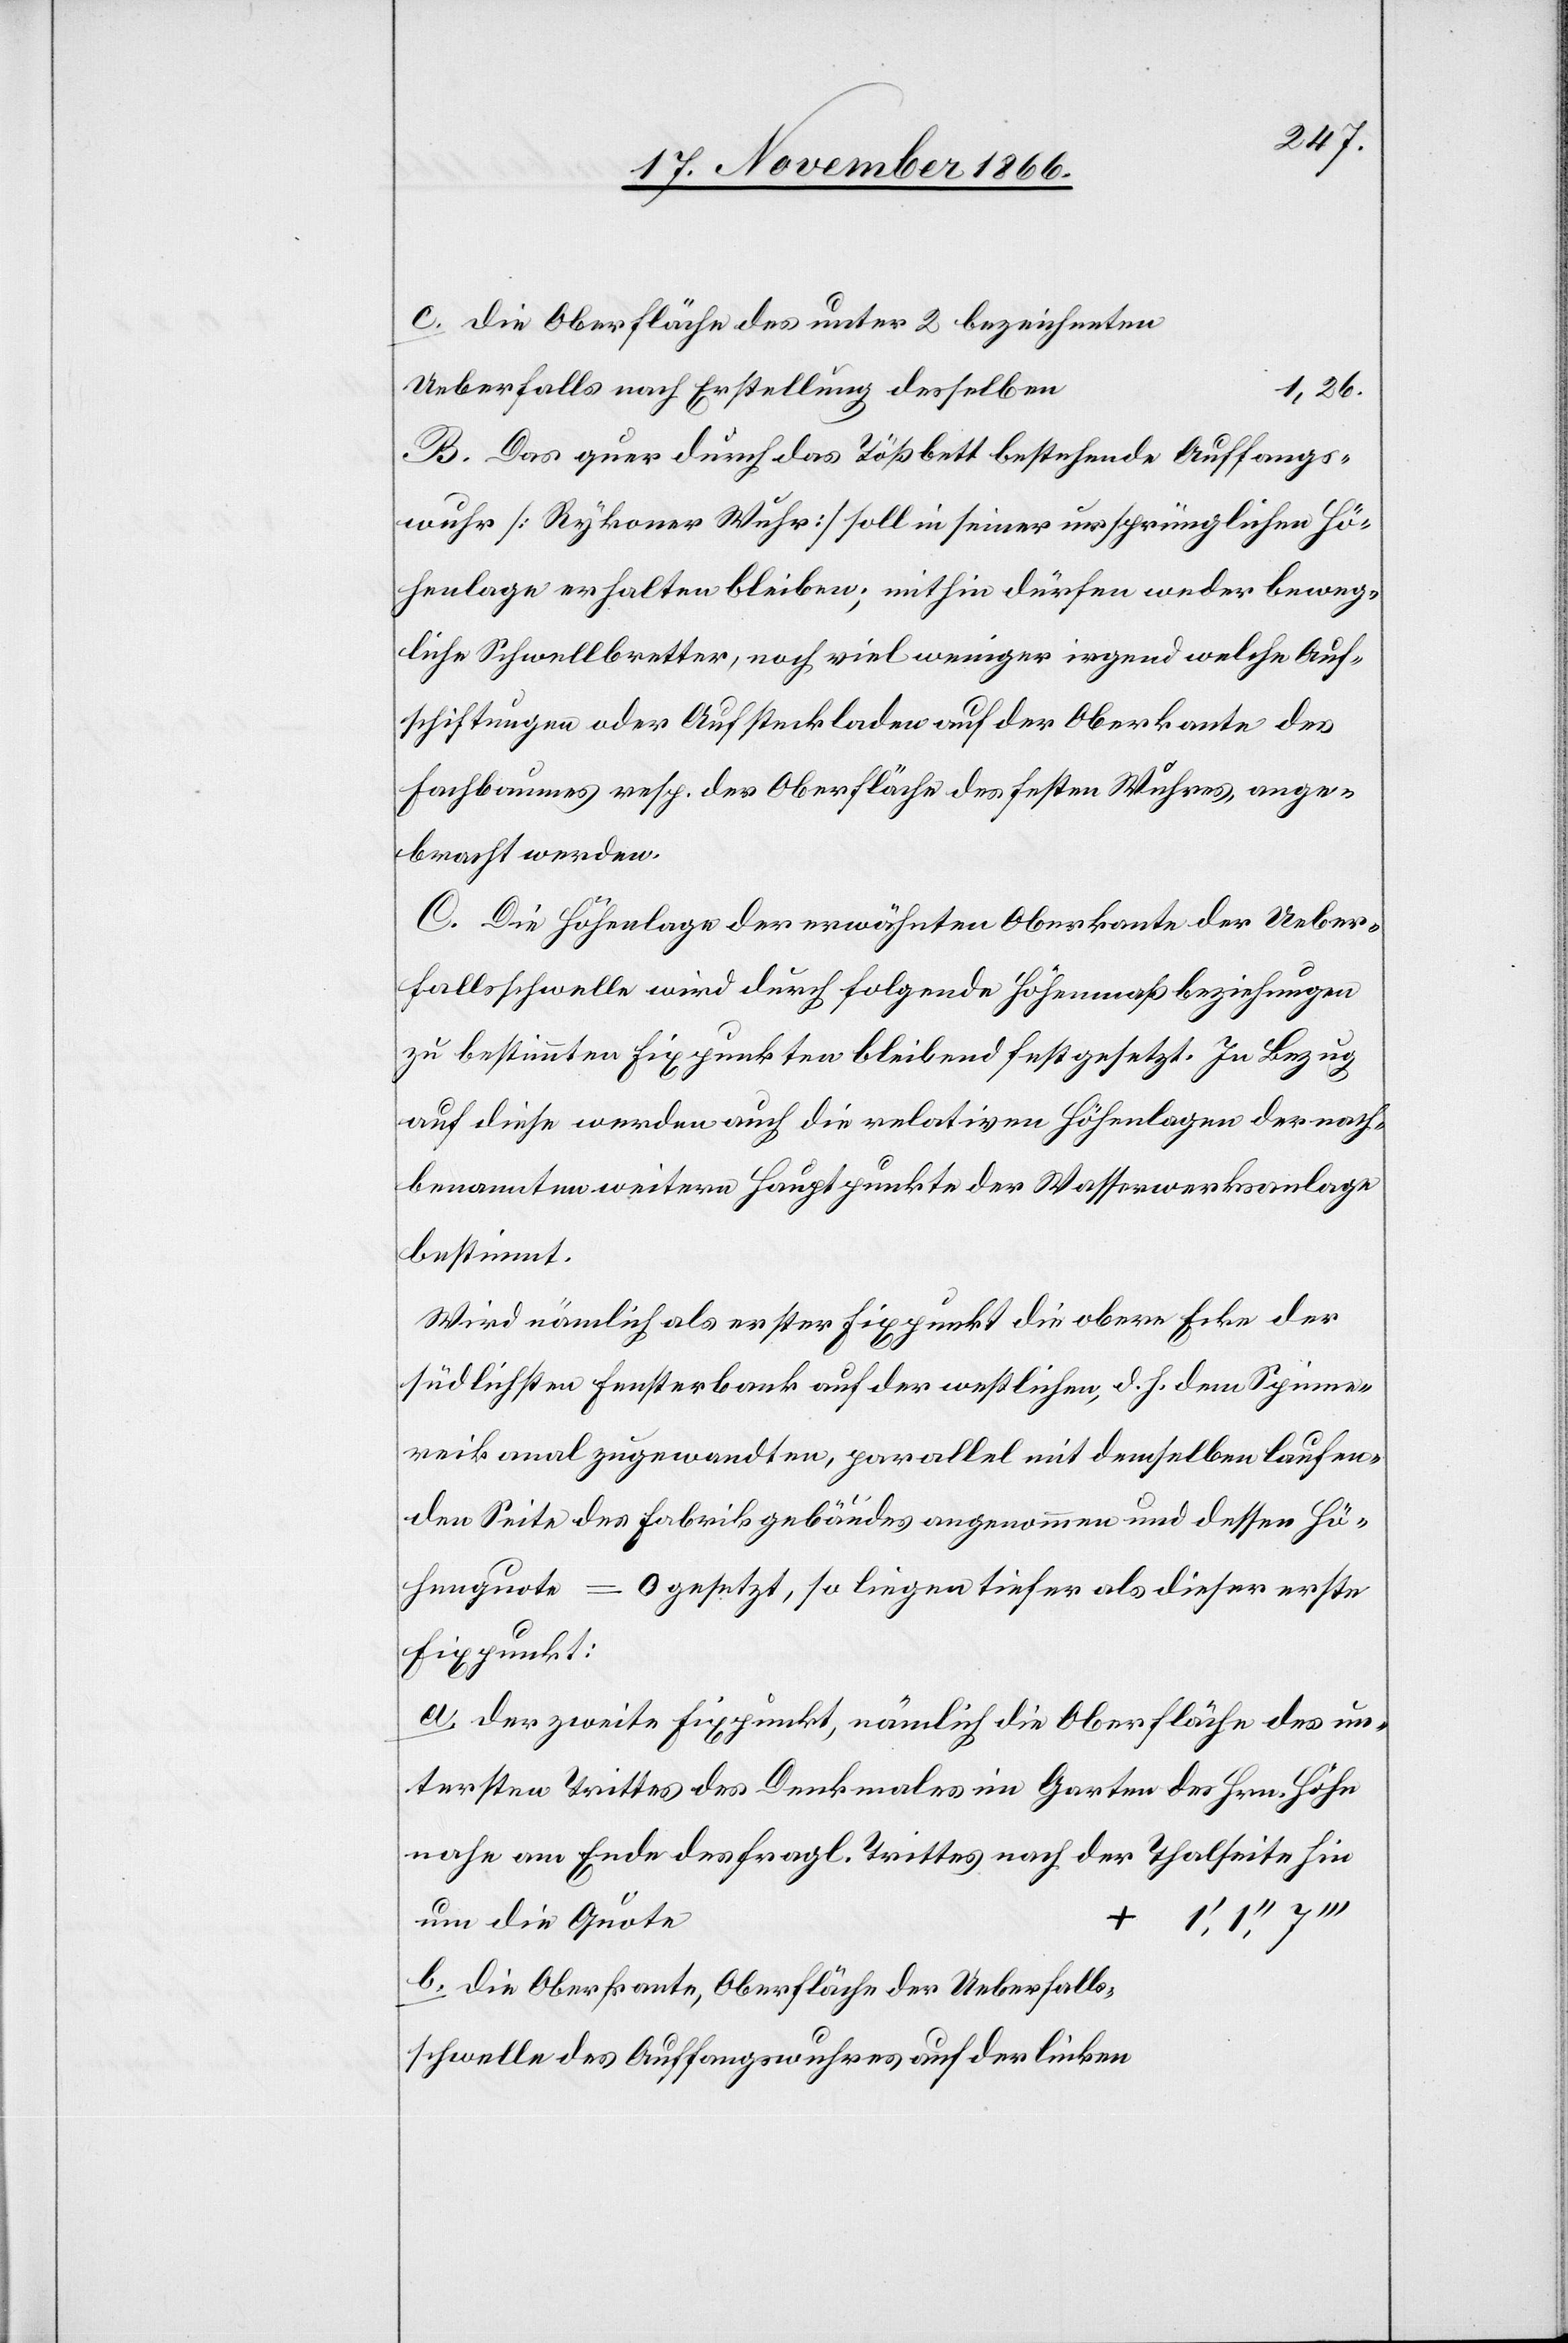
die Oberfläche des unter 2 bezeichneten
Ueberfalls nach Erstellung desselben
1,26.
B. Das quer durch das Tößbett bestehende Auffangs¬
wuhr [Rykoner Wuhr] soll in seiner ursprünglichen Hö¬
henlage erhalten bleiben; mithin dürfen weder beweg¬
liche Schwellbretter, noch viel weniger irgend welche Auf¬
schiftungen oder Aufsteckladen auf der Oberkante des
Fachbaumes resp. der Oberfläche des festen Wuhres, ange¬
bracht werden.
C. Die Höhenlage der erwähnten Oberkante der Ueber¬
fallsschwelle wird durch folgende Höhenmaßbeziehungen
zu bestimmten Fixpunkten bleibend festgesetzt. In Bezug
auf diese werden auch die relativen Höhenlagen der nach¬
benannten weitern Hauptpunkte der Wasserwerksanlage
bestimmt.
Wird nämlich als erster Fixpunkt die obere Ecke der
südlichsten Fensterbank auf der westlichen, d. h. dem Spinne¬
reikanal zugewandten, parallel mit demselben laufen¬
den Seite des Fabrikgebäudes angenommen und dessen Hö¬
henquote = 0 gesetzt, so liegen tiefer als dieser erste
Fixpunkt:
der zweite Fixpunkt, nämlich die Oberfläche des un¬
tersten Trittes des Denkmales im Garten des Hrn. Höhn
nahe am Ende des fragl. Trittes nach der Thalseite hin
um die Quote
Die Oberkante, Oberfläche der Ueberfalls¬
schwelle des Auffangswuhres auf der linken